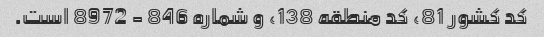
کد کشور 81، کد منطقه 138، و شماره 846 - 8972 است.